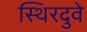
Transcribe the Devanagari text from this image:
स्थिरदुवे